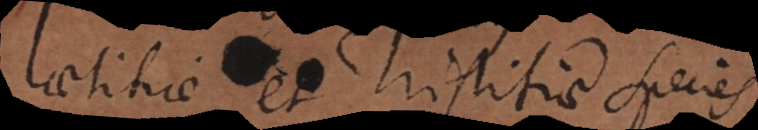
Laetitiae et Tristitiae species